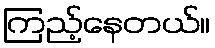
ကြည့်နေတယ်။